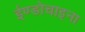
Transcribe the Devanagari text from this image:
ईण्डोचाइना